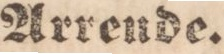
Arrende.